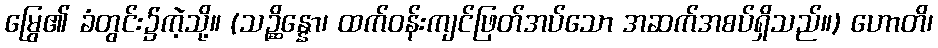
မြွေ၏ ခံတွင်း၌ကဲ့သို့။ (သဉ္ဆိန္နော၊ ထက်ဝန်းကျင်ဖြတ်အပ်သော အဆက်အစပ်ရှိသည်။) ဟောတိ၊